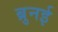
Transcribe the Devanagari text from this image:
ब्रुनई